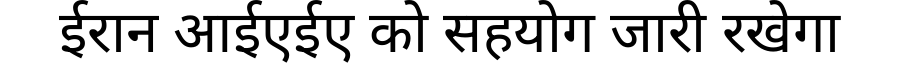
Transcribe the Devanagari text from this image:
ईरान आईएईए को सहयोग जारी रखेगा